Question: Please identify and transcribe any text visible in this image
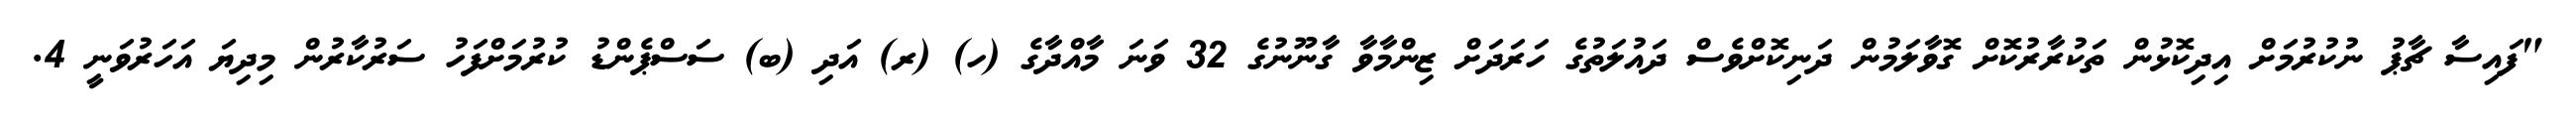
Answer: "ފައިސާ ޗާޕު ނުކުރުމަށް އިދިކޮޅުން ތަކުރާރުކޮށް ގޮވާލަމުން ދަނިކޮށްވެސް ދައުލަތުގެ ހަރަދަށް ޒިންމާވާ ގާނޫނުގެ 32 ވަނަ މާއްދާގެ (ހ) (ރ) އަދި (ބ) ސަސްޕެންޑު ކުރުމަށްފަހު ސަރުކާރުން މިދިޔަ އަހަރުވަނީ 4.